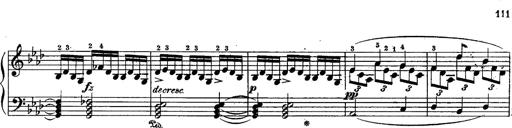
Title: Schubert's Impromptus [revised and edited by Franz Liszt]
Composer: Franz Liszt